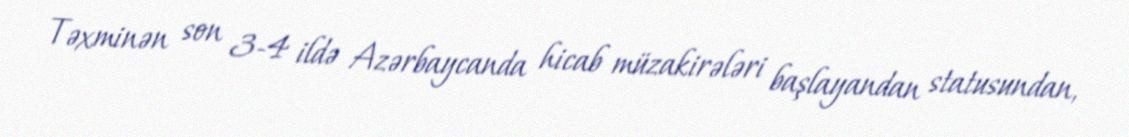
Təxminən son 3-4 ildə Azərbaycanda hicab müzakirələri başlayandan statusundan,